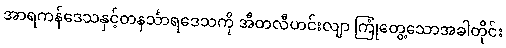
အာရကန်ဒေသနှင့်တနင်္သာရဒေသကို အီတလီဟင်းလျာ ကြုံတွေ့သောအခါတိုင်း